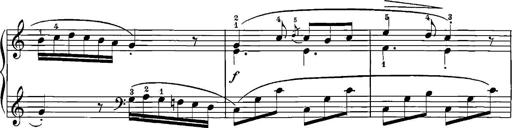
Title: 12 Sonatinas
Composer: Ignaz Pleyel